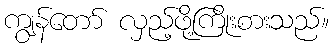
ကျွန်တော် လှည့်ဖို့ကြိုးစားသည်။